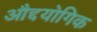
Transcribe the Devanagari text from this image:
औद्दयोगिक